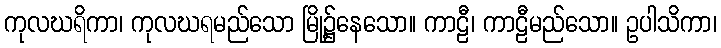
ကုလဃရိကာ၊ ကုလဃရမည်သော မြို့၌နေသော။ ကာဠီ၊ ကာဠီမည်သော။ ဥပါသိကာ၊